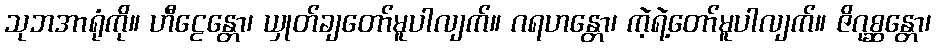
သုဘအာရုံကို။ ဟီဠေန္တော၊ ယှုတ်ချတော်မူပါလျက်။ ဂရဟန္တော၊ ကဲ့ရဲ့တော်မူပါလျက်။ ဇိဂုစ္ဆန္တော၊